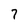
Character: 7